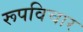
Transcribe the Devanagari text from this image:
रूपविचार